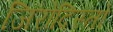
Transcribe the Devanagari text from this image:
जिरोदिस्तो